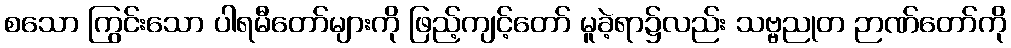
စသော ကြွင်းသော ပါရမီတော်များကို ဖြည့်ကျင့်တော် မူခဲ့ရာ၌လည်း သဗ္ဗညုတ ဉာဏ်တော်ကို